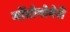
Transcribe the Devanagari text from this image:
मोंटोगोमेरी